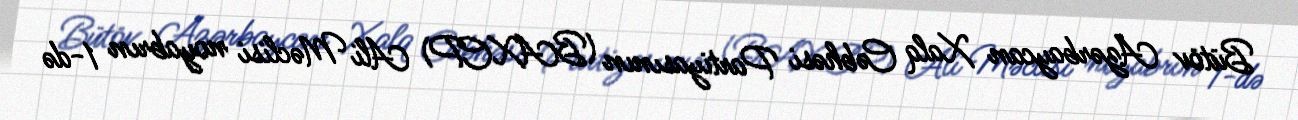
Bütöv Azərbaycan Xalq Cəbhəsi Partiyasının (BAXCP) Ali Məclisi noyabrın 1-də